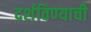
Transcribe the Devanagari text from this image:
दर्शविण्याची